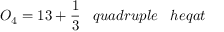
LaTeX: O _ { 4 } = 1 3 + { \frac { 1 } { 3 } } \; \; \; q u a d r u p l e \; \; \; h e q a t